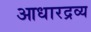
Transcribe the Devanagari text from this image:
आधारद्रव्य